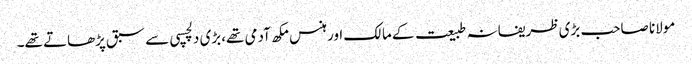
مولانا صاحب بڑی ظریفانہ طبیعت کے مالک اور ہنس مکھ آدمی تھے،بڑی دلچسپی سے سبق پڑھاتے تھے۔